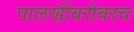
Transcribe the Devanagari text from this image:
पालखीबरोबरच